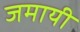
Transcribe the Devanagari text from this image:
जमायी